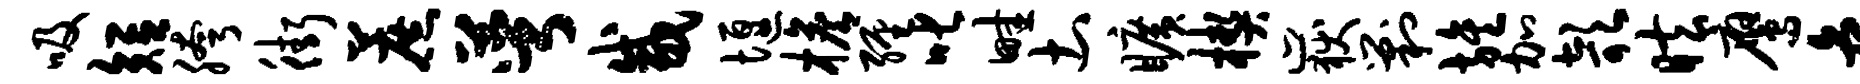
吸短胯街蔗萼咸堰檐缠叱畦土旷楔岳剿旌加欹眩鹰危